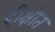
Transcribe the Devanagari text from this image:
दीक्षीत